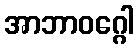
အာဘာဝဂ္ဂေါ